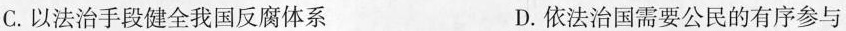
C.以法治手段健全我国反腐体系 D.依法治国需要公民的有序参与